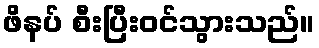
ဖိနပ် စီးပြီးဝင်သွားသည်။